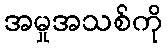
အမှုအသစ်ကို